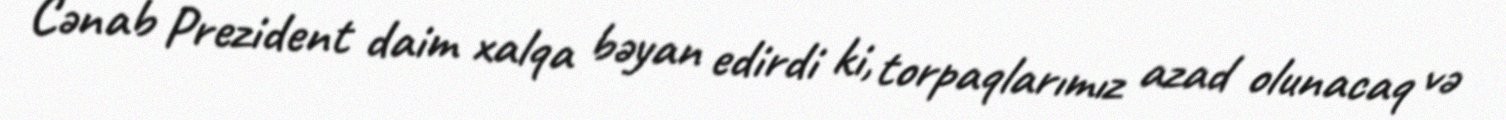
Cənab Prezident daim xalqa bəyan edirdi ki, torpaqlarımız azad olunacaq və